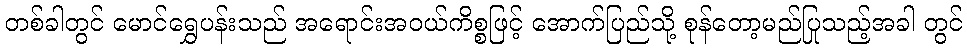
တစ်ခါတွင် မောင်ရွှေပန်းသည် အရောင်းအဝယ်ကိစ္စဖြင့် အောက်ပြည်သို့ စုန်တော့မည်ပြုသည့်အခါ တွင်